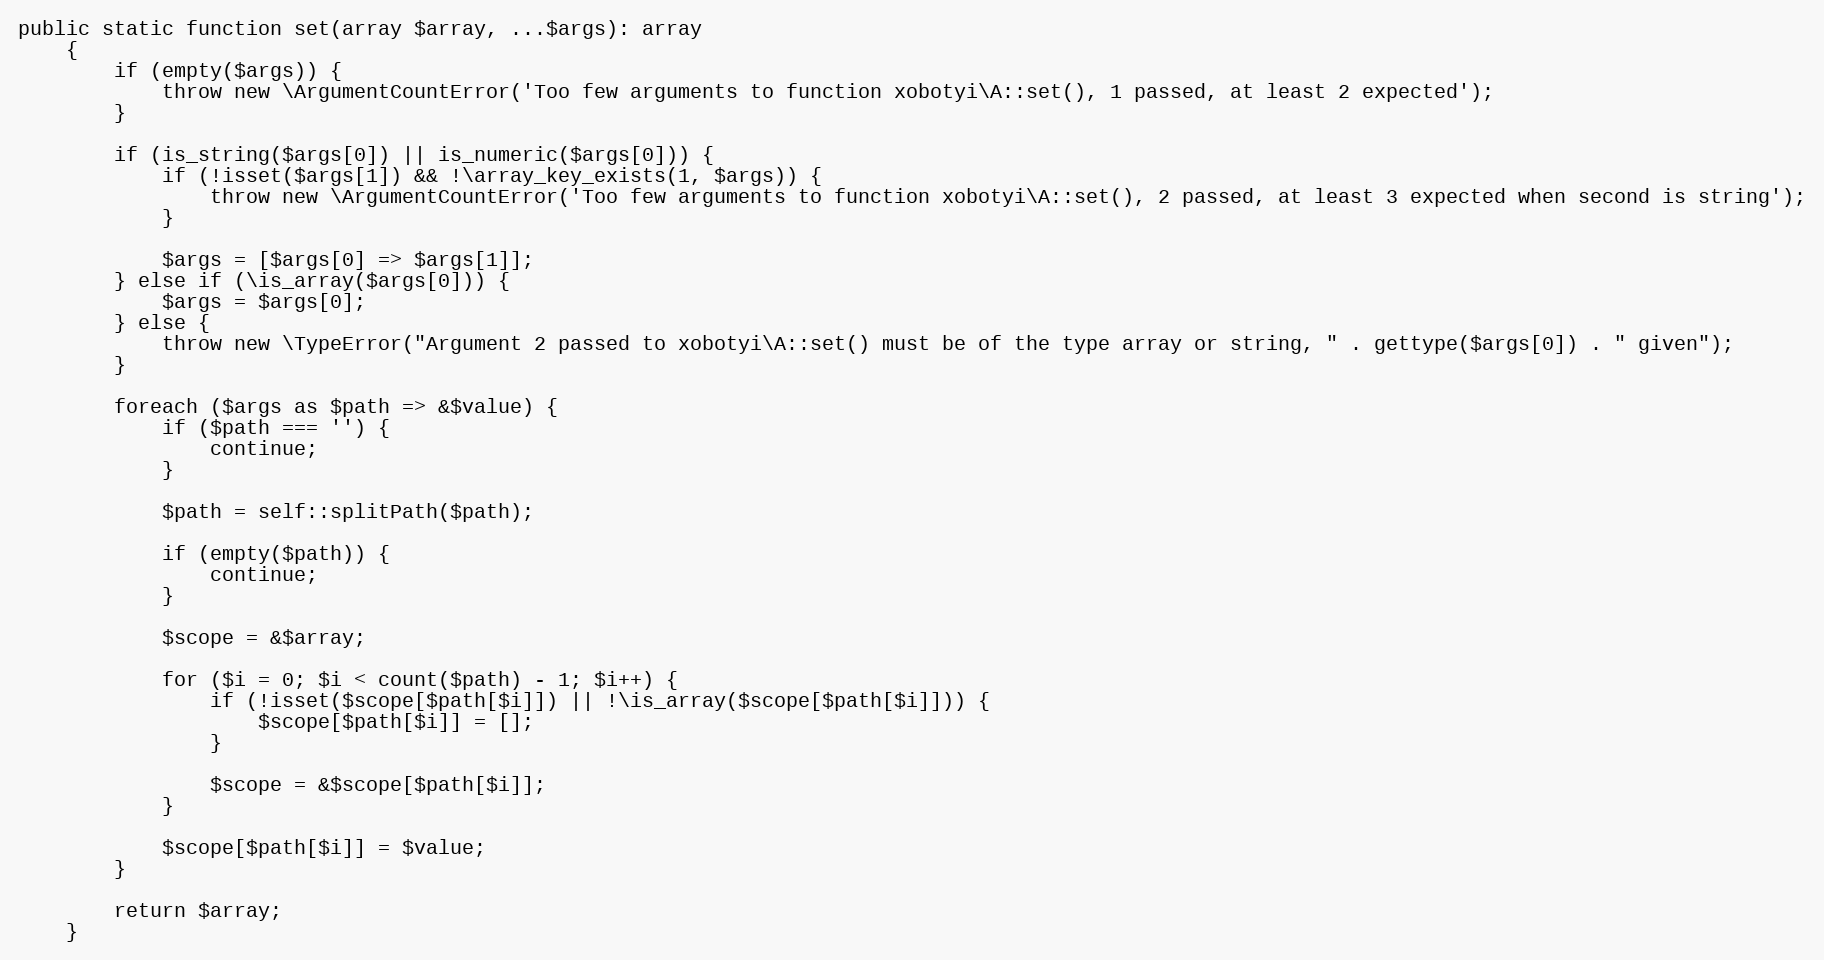
Language: PHP
public static function set(array $array, ...$args): array
    {
        if (empty($args)) {
            throw new \ArgumentCountError('Too few arguments to function xobotyi\A::set(), 1 passed, at least 2 expected');
        }

        if (is_string($args[0]) || is_numeric($args[0])) {
            if (!isset($args[1]) && !\array_key_exists(1, $args)) {
                throw new \ArgumentCountError('Too few arguments to function xobotyi\A::set(), 2 passed, at least 3 expected when second is string');
            }

            $args = [$args[0] => $args[1]];
        } else if (\is_array($args[0])) {
            $args = $args[0];
        } else {
            throw new \TypeError("Argument 2 passed to xobotyi\A::set() must be of the type array or string, " . gettype($args[0]) . " given");
        }

        foreach ($args as $path => &$value) {
            if ($path === '') {
                continue;
            }

            $path = self::splitPath($path);

            if (empty($path)) {
                continue;
            }

            $scope = &$array;

            for ($i = 0; $i < count($path) - 1; $i++) {
                if (!isset($scope[$path[$i]]) || !\is_array($scope[$path[$i]])) {
                    $scope[$path[$i]] = [];
                }

                $scope = &$scope[$path[$i]];
            }

            $scope[$path[$i]] = $value;
        }

        return $array;
    }